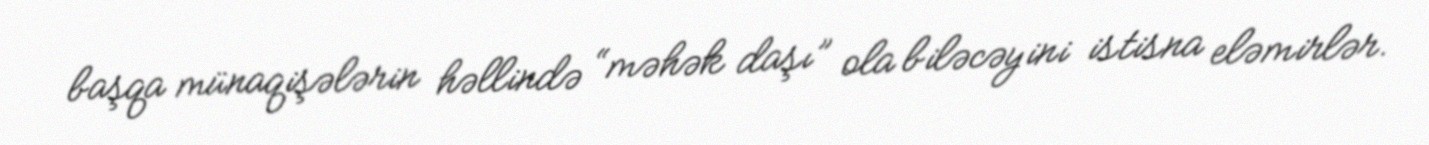
başqa münaqişələrin həllində “məhək daşı” ola biləcəyini istisna eləmirlər.